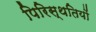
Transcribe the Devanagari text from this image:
पिरिस्थतियों